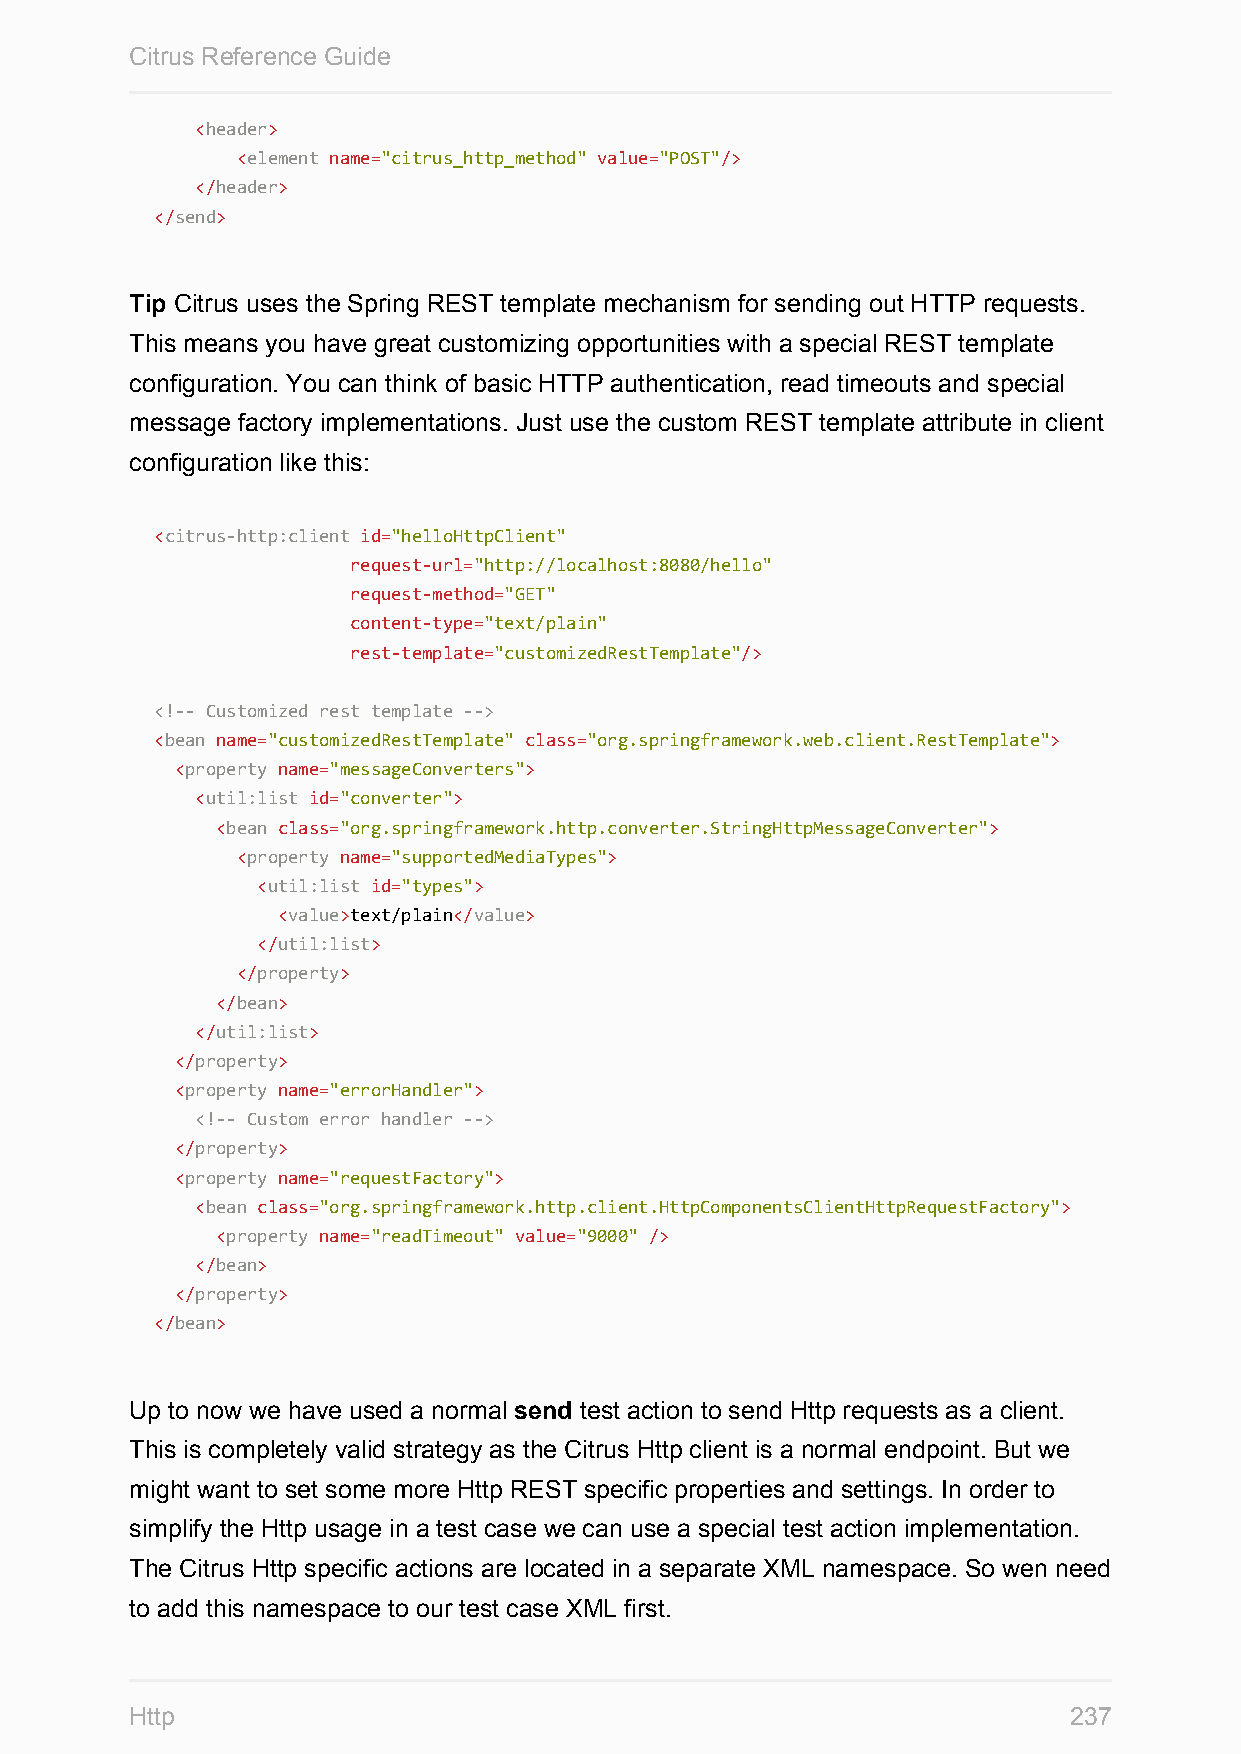
Citrus Reference Guide
 <header>
 <element name="citrus_http_method" value="POST"/>
 </header>
 </send>
 Tip Citrus uses the Spring REST template mechanism for sending out HTTP requests.
 This means you have great customizing opportunities with a special REST template
 configuration. You can think of basic HTTP authentication, read timeouts and special
 message factory implementations. Just use the custom REST template attribute in client
 configuration like this:
 <citrus-http:client id="helloHttpClient"
 request-url="http://localhost:8080/hello"
 request-method="GET"
 content-type="text/plain"
 rest-template="customizedRestTemplate"/>
 <!-- Customized rest template -->
 <bean name="customizedRestTemplate" class="org.springframework.web.client.RestTemplate">
 <property name="messageConverters">
 <util:list id="converter">
 <bean class="org.springframework.http.converter.StringHttpMessageConverter">
 <property name="supportedMediaTypes">
 <util:list id="types">
 <value>text/plain</value>
 </util:list>
 </property>
 </bean>
 </util:list>
 </property>
 <property name="errorHandler">
 <!-- Custom error handler -->
 </property>
 <property name="requestFactory">
 <bean class="org.springframework.http.client.HttpComponentsClientHttpRequestFactory">
 <property name="readTimeout" value="9000" />
 </bean>
 </property>
 </bean>
 Up to now we have used a normal send test action to send Http requests as a client.
 This is completely valid strategy as the Citrus Http client is a normal endpoint. But we
 might want to set some more Http REST specific properties and settings. In order to
 simplify the Http usage in a test case we can use a special test action implementation.
 The Citrus Http specific actions are located in a separate XML namespace. So wen need
 to add this namespace to our test case XML first.
 Http                                                          237